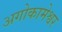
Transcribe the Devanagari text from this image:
अगोकामेश्वर